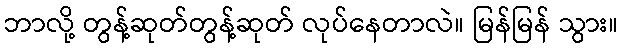
ဘာလို့ တွန့်ဆုတ်တွန့်ဆုတ် လုပ်နေတာလဲ။ မြန်မြန် သွား။